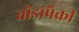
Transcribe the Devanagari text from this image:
तोंडांपैकी